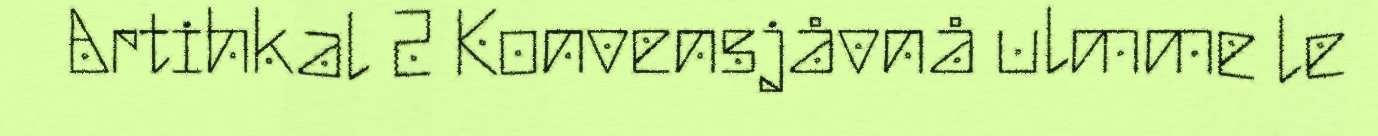
Artihkal 2 Konvensjåvnå ulmme le